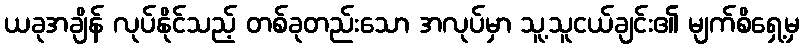
ယခုအချိန် လုပ်နိုင်သည့် တစ်ခုတည်းသော အလုပ်မှာ သူ့သူငယ်ချင်း၏ မျက်စိရှေ့မှ